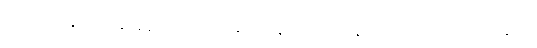
ဒါပေမဲ့ နောက်နေ့ နံနက် အလုပ်ဆင်းရန် လူစစ်တန်းစီသည့်အခါ၌မူ စခန်းမှူး